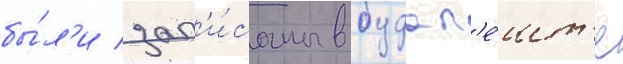
бы́л'и зап'и́саны в будап'е́шт'е